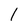
Character: 1